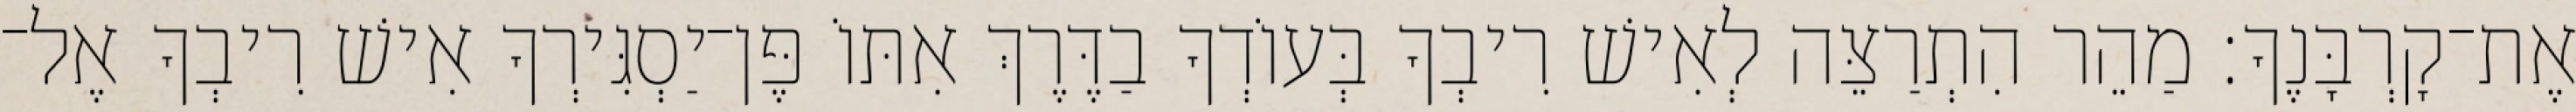
אֶת־קָרְבָּנֶךָ׃ מַהֵר הִתְרַצֵּה לְאִישׁ רִיבְךָ בְּעוֹדְךָ בַדֶּרֶךְ אִתּוֹ פֶּן־יַסְגִּירְךָ אִישׁ רִיבְךָ אֶל־